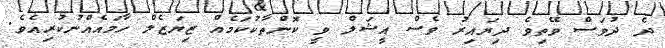
ދެ ދުވަސް ވޭތިވެ ދިޔައިރު ވެސް އީޝަލް ވީ ކޮންތާކުކަމެއް ޒިޔަޒެލް ހާމައެއްނުކުރިއެވެ.